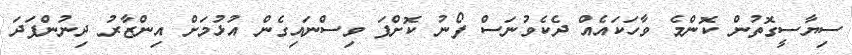
ސިޔާސީގޮތުން ކޮންމެ ވާހަކައެއް ދެކެވުނަސް ފޯނު ކޮށްފަ ވިސްނައިގެން އުޅުމަށް އިންޒާރު ދިނުންފަދަ